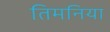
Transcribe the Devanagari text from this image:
तिमनिया